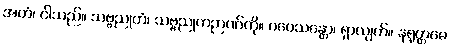
အဟံ၊ ငါသည်။ သဗ္ဗညုတံ၊ သဗ္ဗညုတဉာဏ်ကို။ ဂဝေသန္တော၊ ရှာလျက်။ နရုတ္တမေ